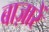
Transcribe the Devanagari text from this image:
बाज़ारें